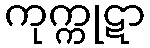
ကုက္ကုဋာ